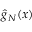
{ \hat { g } } _ { N } ( x )